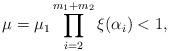
LaTeX: \begin{align*} \mu = \mu_1 \prod_{i=2}^{m_1+m_2} \xi(\alpha_i) <1 , \end{align*}